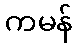
ကမန်